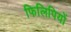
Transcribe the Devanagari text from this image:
फिलिपियों